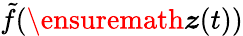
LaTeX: \tilde{f}(\ensuremath{\boldsymbol{z}}(t))